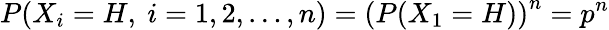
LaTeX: P(X_{i}=H,\ i=1,2,\dots,n)=\left(P(X_{1}=H)\right)^{n}=p^{n}